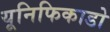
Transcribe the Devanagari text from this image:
यूनिफिकाडो